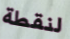
لنقطة